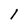
Character: l